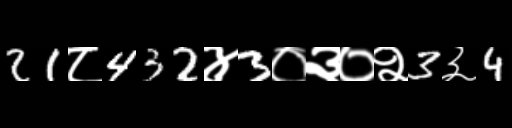
Text: 21८432४3०३०२3३4